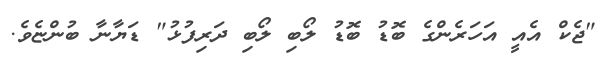
"ޖެކް އެއީ އަހަރެންގެ ބޮޑު ބޮޑު ލޯބި ލޯބި ދަރިފުޅު" ޑަޔާނާ ބުންޏެވެ.